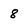
Character: 8